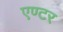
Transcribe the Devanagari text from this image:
एण्टर